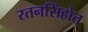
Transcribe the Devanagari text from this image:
रतनसिंहोत